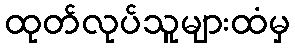
ထုတ်လုပ်သူများထံမှ